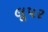
લૂપર